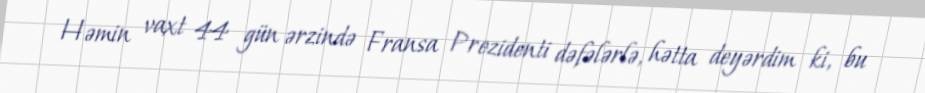
Həmin vaxt 44 gün ərzində Fransa Prezidenti dəfələrlə, hətta deyərdim ki, bu